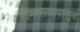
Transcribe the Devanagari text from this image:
हामरस्त्यापासून